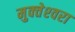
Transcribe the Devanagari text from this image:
मुक्‍तेश्‍वरा